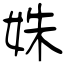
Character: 姝